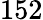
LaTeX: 152